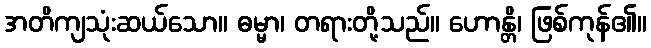
အတိကျသုံးဆယ်သော။ ဓမ္မာ၊ တရားတို့သည်။ ဟောန္တိ၊ ဖြစ်ကုန်၏။